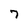
Character: 7